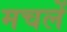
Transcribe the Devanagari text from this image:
मचलें